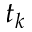
t _ { k }